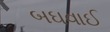
બઘવાઈ